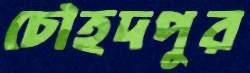
চৌহদপুর